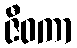
ဇီဝကာ